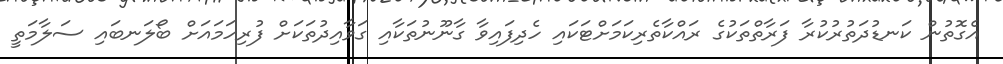
އެގޮތުން ކަނޑުދަތުރުކުރާ ފަރާތްތަކުގެ ރައްކާތެރިކަމަށްޓަކައި ހެދިފައިވާ ގާނޫނުތަކާއި ގަވާއިދުތަކަށް ފުރިހަމައަށް ބޯލަނބައި ސަލާމަތީ